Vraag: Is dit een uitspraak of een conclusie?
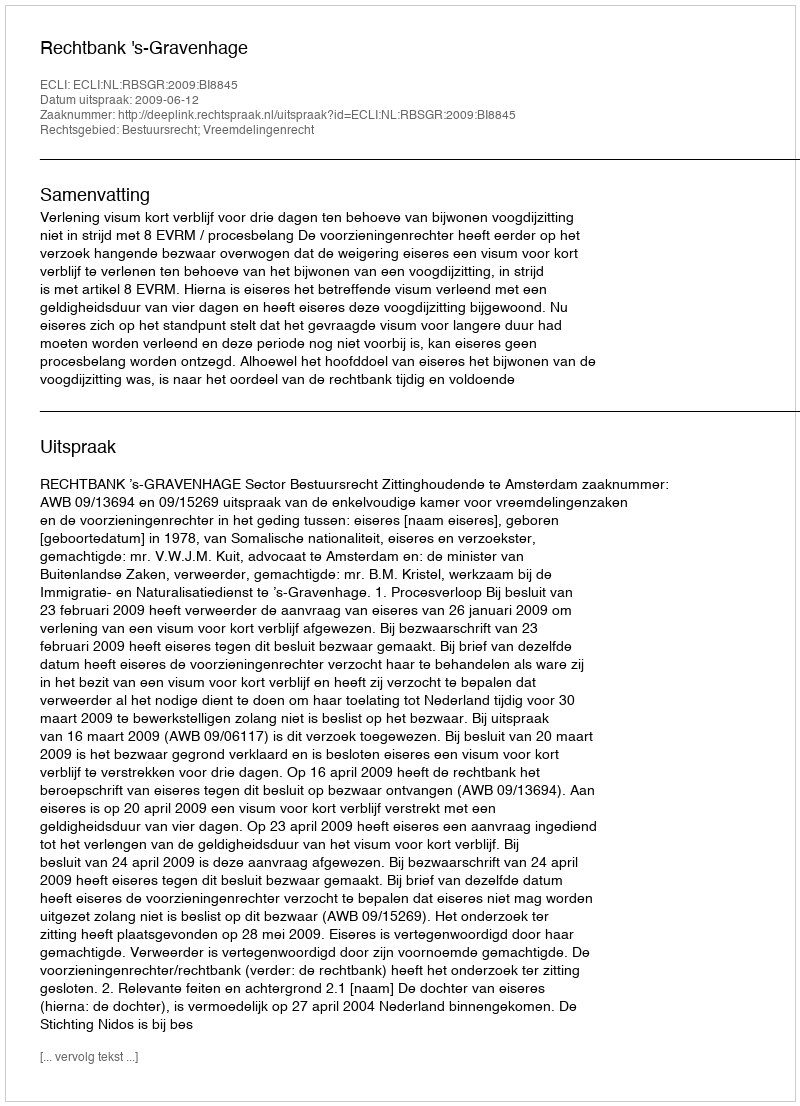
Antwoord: Uitspraak